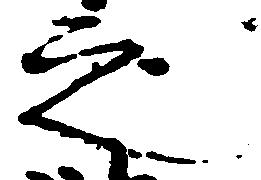
之